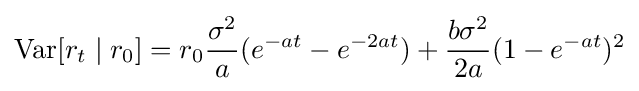
\operatorname {Var} [r_{t}\mid r_{0}]=r_{0}{\frac {\sigma ^{2}}{a}}(e^{-at}-e^{-2at})+{\frac {b\sigma ^{2}}{2a}}(1-e^{-at})^{2}